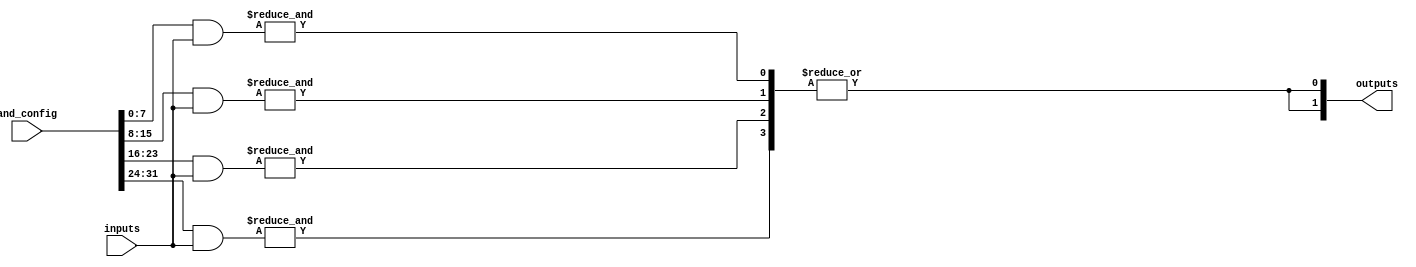
module FlashProgrammablePAL
#(
    parameter INPUT_WIDTH = 8,    // Number of input lines
    parameter NUMBER_OF_AND_GATES = 4, // Number of programmable AND gates
    parameter NUMBER_OF_OR_GATES = 2   // Number of fixed OR gates
)
(
    input wire [INPUT_WIDTH-1:0] inputs,                  // Input lines
    input wire [NUMBER_OF_AND_GATES * INPUT_WIDTH - 1:0] and_config, // Configuration for AND gates
    output wire [NUMBER_OF_OR_GATES-1:0] outputs           // Output lines
);

// Internal signals for AND gate outputs
wire [NUMBER_OF_AND_GATES-1:0] and_outputs;

// AND gate array
genvar i, j;
generate
    for (i = 0; i < NUMBER_OF_AND_GATES; i=i+1) begin : and_gate
        wire [INPUT_WIDTH-1:0] and_input;
        assign and_input = and_config[i * INPUT_WIDTH +: INPUT_WIDTH];

        // AND gate operation
        assign and_outputs[i] = &({and_input & inputs});
    end
endgenerate

// Fixed OR gate array
generate
    for (j = 0; j < NUMBER_OF_OR_GATES; j=j+1) begin : or_gate
        wire [NUMBER_OF_AND_GATES-1:0] or_input;

        // Select inputs for the OR gates (modify as needed)
        assign or_input = and_outputs;

        // OR gate operation
        assign outputs[j] = |(or_input);
    end
endgenerate

endmodule